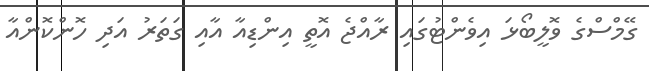
ގޭމްސްގެ ވޮލީބޯޅަ އިވެންޓުގައި ރާއްޖެ އޮތީ އިންޑިއާ އާއި ގަތަރު އަދި ހޮންކޮންއާ